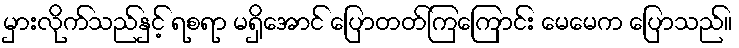
မှားလိုက်သည်နှင့် ရစရာ မရှိအောင် ပြောတတ်ကြကြောင်း မေမေက ပြောသည်။